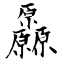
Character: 厵